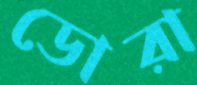
ডোরা